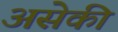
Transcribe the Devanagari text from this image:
असेकी